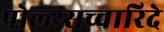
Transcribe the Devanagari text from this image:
पोल्य्सच्चारिदे